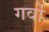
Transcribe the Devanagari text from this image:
गर्वो